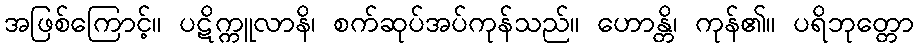
အဖြစ်ကြောင့်။ ပဋိက္ကူလာနိ၊ စက်ဆုပ်အပ်ကုန်သည်။ ဟောန္တိ၊ ကုန်၏။ ပရိဘုတ္တော